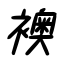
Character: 襖